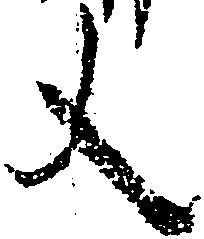
文